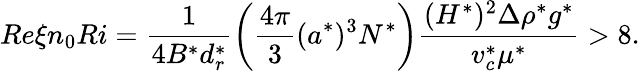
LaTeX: Re\xi n_{0}Ri=\frac{1}{4B^{*}d_{r}^{*}}\left(\frac{4\pi}{3}(a^{*})^{3}N^{*}\right)\frac{(H^{*})^{2}\Delta\rho^{*}g^{*}}{v_{c}^{*}\mu^{*}}>8.